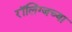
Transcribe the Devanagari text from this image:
रॉलिंग्जच्या